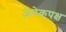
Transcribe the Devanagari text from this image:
अनेकपक्ष